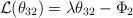
LaTeX: \begin{align*}{\cal L} (\theta_{32}) = \lambda \theta_{32} - \Phi_2 \end{align*}